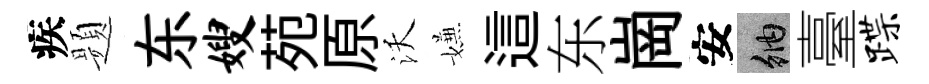
疾题东嫂苑原沃嫌這东崗安納臺蹀